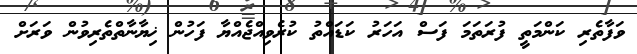
ވަފާތެރި ކަންމަތީ ފުރަތަމަ ފަސް އަހަރު ކަޑައްތު ކުރެވިއްޖެއްޔާ ފަހުން ޚިޔާނާތްތެރިވުން ވަރަށް